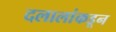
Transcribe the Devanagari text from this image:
दलालांकडून